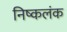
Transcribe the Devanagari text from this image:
निष्‍कलंक